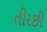
તીરછી